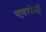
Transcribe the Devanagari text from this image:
एवगेनी